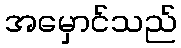
အမှောင်သည်